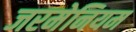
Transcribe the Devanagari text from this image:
जरमेनियम